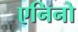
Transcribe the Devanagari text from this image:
एनिनो